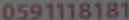
0591118181